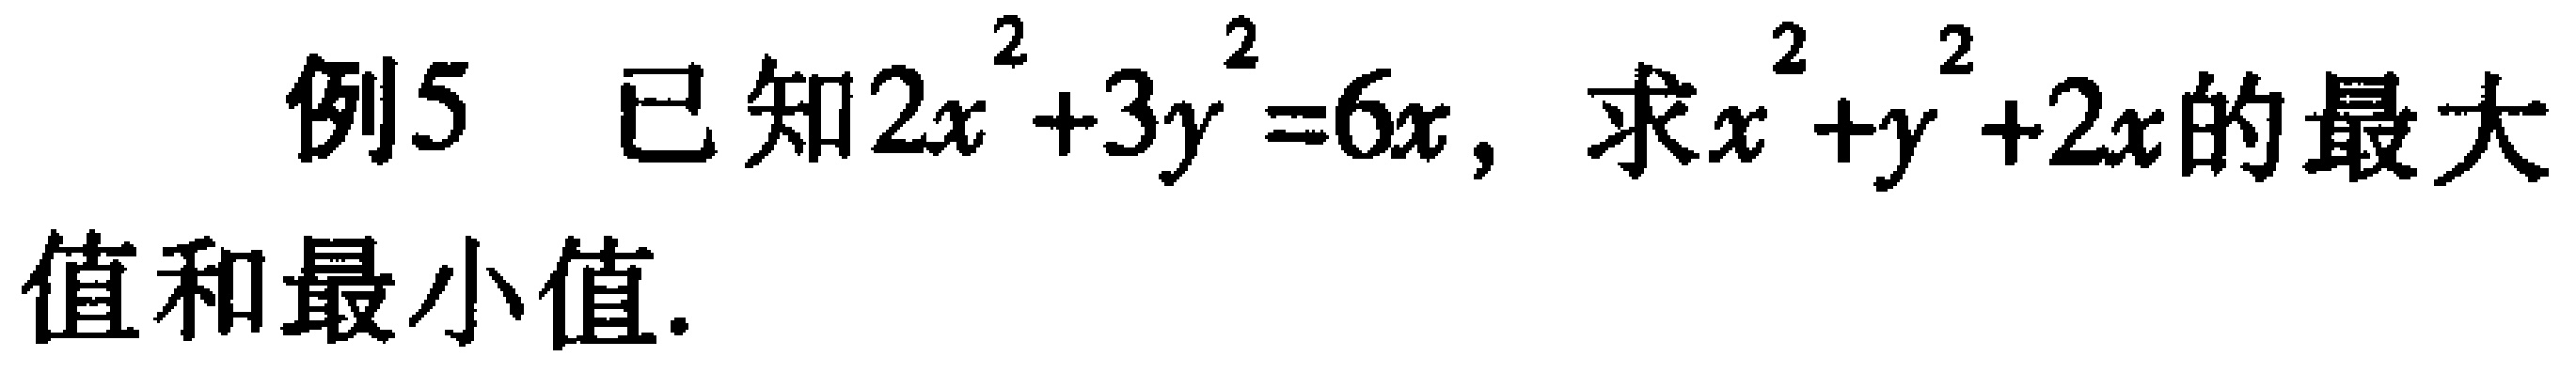
例5 已知$2x^{2}+3y^{2}=6x$，求$x^{2}+y^{2}+2x$的最大值和最小值.